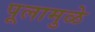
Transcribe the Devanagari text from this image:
पूलामुळे